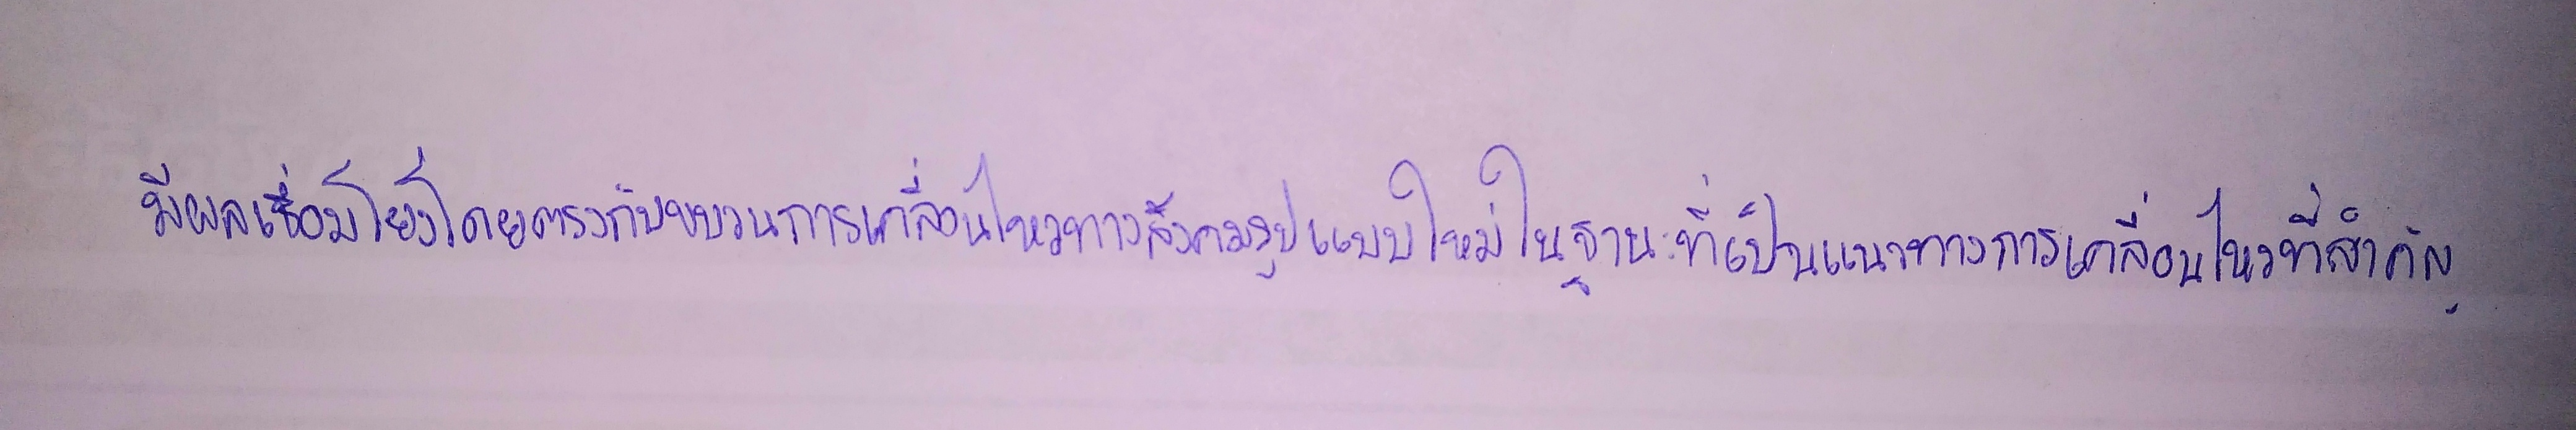
มีผลเชื่อมโยงโดยตรงกับขบวนการเคลื่อนไหวทางสังคมรูปแบบใหม่ในฐานะที่เป็นแนวทางการเคลื่อนไหวที่สำคัญ